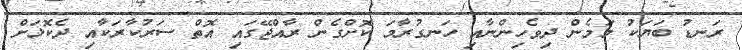
ރަނޑު ބަޔަކު މަމެން ދިވެހިންނާއި ހަނގުރާމަ ކޮށްގެން ރާއްޖޭގައި އޮތް ސަރުކާރަކާއި ދެކޮޅަށް